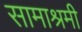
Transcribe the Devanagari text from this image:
सामाश्रमी